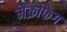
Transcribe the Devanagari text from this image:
मैक्रोफेग